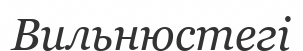
Вильнюстегі